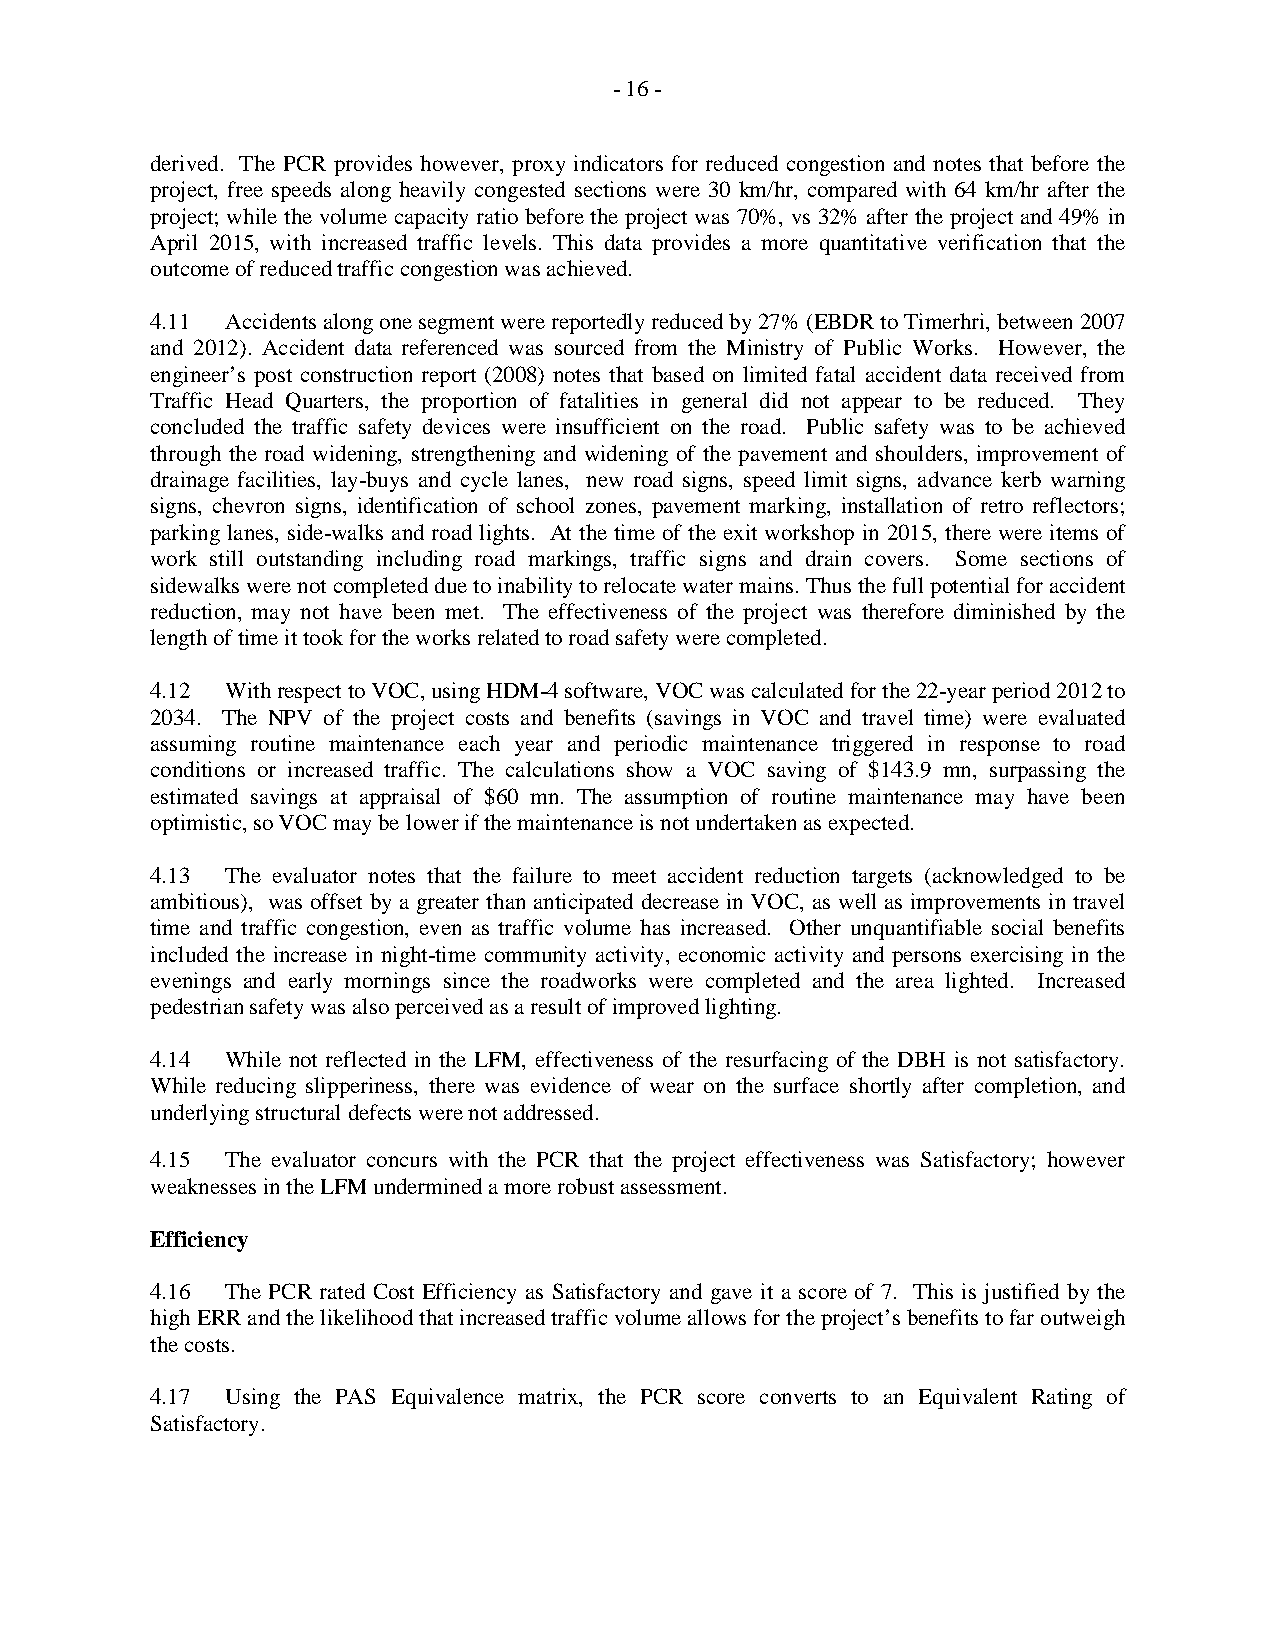
- 16 -
 derived. The PCR provides however, proxy indicators for reduced congestion and notes that before the
 project, free speeds along heavily congested sections were 30 km/hr, compared with 64 km/hr after the
 project; while the volume capacity ratio before the project was 70%, vs 32% after the project and 49% in
 April 2015, with increased traffic levels. This data provides a more quantitative verification that the
 outcome of reduced traffic congestion was achieved.
 4.11 Accidents along one segment were reportedly reduced by 27% (EBDR to Timerhri, between 2007
 and 2012). Accident data referenced was sourced from the Ministry of Public Works. However, the
 engineer’s post construction report (2008) notes that based on limited fatal accident data received from
 Traffic Head Quarters, the proportion of fatalities in general did not appear to be reduced. They
 concluded the traffic safety devices were insufficient on the road. Public safety was to be achieved
 through the road widening, strengthening and widening of the pavement and shoulders, improvement of
 drainage facilities, lay-buys and cycle lanes, new road signs, speed limit signs, advance kerb warning
 signs, chevron signs, identification of school zones, pavement marking, installation of retro reflectors;
 parking lanes, side-walks and road lights. At the time of the exit workshop in 2015, there were items of
 work still outstanding including road markings, traffic signs and drain covers. Some sections of
 sidewalks were not completed due to inability to relocate water mains. Thus the full potential for accident
 reduction, may not have been met. The effectiveness of the project was therefore diminished by the
 length of time it took for the works related to road safety were completed.
 4.12 With respect to VOC, using HDM-4 software, VOC was calculated for the 22-year period 2012 to
 2034. The NPV of the project costs and benefits (savings in VOC and travel time) were evaluated
 assuming routine maintenance each year and periodic maintenance triggered in response to road
 conditions or increased traffic. The calculations show a VOC saving of $143.9 mn, surpassing the
 estimated savings at appraisal of $60 mn. The assumption of routine maintenance may have been
 optimistic, so VOC may be lower if the maintenance is not undertaken as expected.
 4.13 The evaluator notes that the failure to meet accident reduction targets (acknowledged to be
 ambitious), was offset by a greater than anticipated decrease in VOC, as well as improvements in travel
 time and traffic congestion, even as traffic volume has increased. Other unquantifiable social benefits
 included the increase in night-time community activity, economic activity and persons exercising in the
 evenings and early mornings since the roadworks were completed and the area lighted. Increased
 pedestrian safety was also perceived as a result of improved lighting.
 4.14 While not reflected in the LFM, effectiveness of the resurfacing of the DBH is not satisfactory.
 While reducing slipperiness, there was evidence of wear on the surface shortly after completion, and
 underlying structural defects were not addressed.
 4.15 The evaluator concurs with the PCR that the project effectiveness was Satisfactory; however
 weaknesses in the LFM undermined a more robust assessment.
 Efficiency
 4.16 The PCR rated Cost Efficiency as Satisfactory and gave it a score of 7. This is justified by the
 high ERR and the likelihood that increased traffic volume allows for the project’s benefits to far outweigh
 the costs.
 4.17 Using the PAS Equivalence matrix, the PCR score converts to an Equivalent Rating of
 Satisfactory.